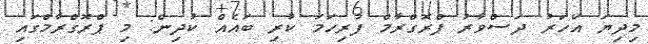
މިދިޔަ އަހަރު ދަސްވާރު ޕްރޮގްރާމް ފުރިހަމަ ކުރި ބައެއް ކުދިން: މި ޕްރޮގްރާމްގައި